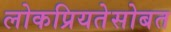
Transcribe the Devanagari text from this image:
लोकप्रियतेसोबत